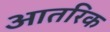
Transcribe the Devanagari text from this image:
आतरिक